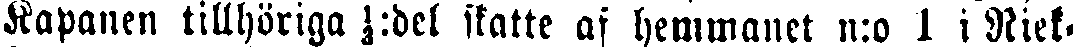
Rapanen tillhöriga ⅓:del skatte af hemmanet n:o 1 i Niek-